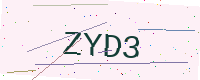
Text: ZYD3